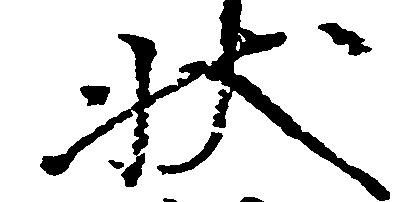
状